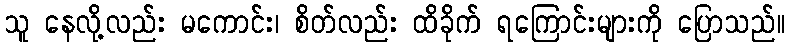
သူ နေလို့လည်း မကောင်း၊ စိတ်လည်း ထိခိုက် ရကြောင်းများကို ပြောသည်။